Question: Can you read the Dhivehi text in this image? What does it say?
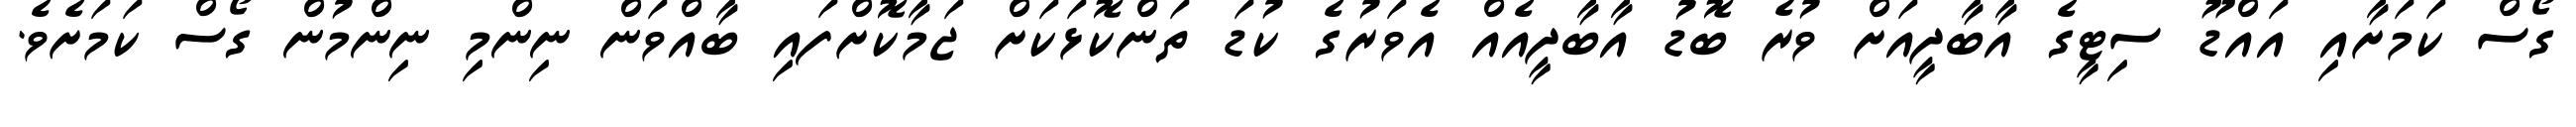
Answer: ގޯސް ކަމަށާއި އައްޑޫ ސިޓީގެ އާބާދީއަށް ވުރެ ބޮޑު އާބާދީއެއް އެވަރުގެ ކުޑަ ތަންކޮޅަކަށް ޖަމާކޮށްފައި ބާއްވަން ނިންމި ނިންމުން ގޯސް ކަމަށެވެ.